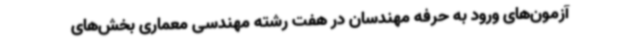
آزمون‌های ورود به حرفه مهندسان در هفت رشته مهندسی معماری بخش‌های